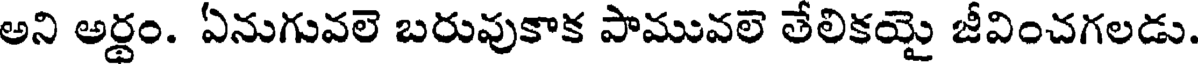
అని అర్థం. ఏనుగువలె బరువుకాక పామువలె తేలికయై జీవించగలడు.